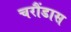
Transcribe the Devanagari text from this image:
चरौंडास